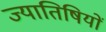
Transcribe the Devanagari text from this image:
ज्यातिषियों